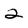
Character: 2